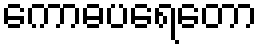
ကောဓပရေတော